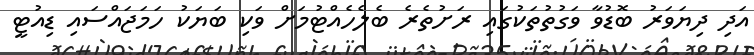
އަދި ދިޔަވަރު ބޮޑުވާ ވަގުތުތަކުގައި ރަށުތެރެ ބެލެހެއްޓުމަށް ވަކި ބަޔަކު ހަމަޖައްސައި ޑިއުޓީ